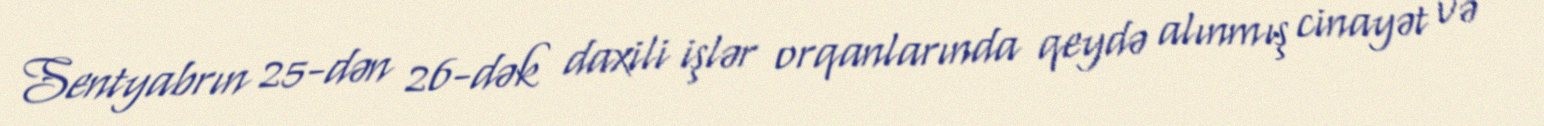
Sentyabrın 25-dən 26-dək daxili işlər orqanlarında qeydə alınmış cinayət və